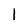
Character: 1